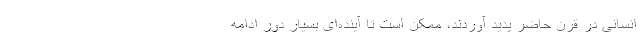
انسانی در قرن حاضر پدید آوردند، ممکن است تا آینده‌ای بسیار دور ادامه